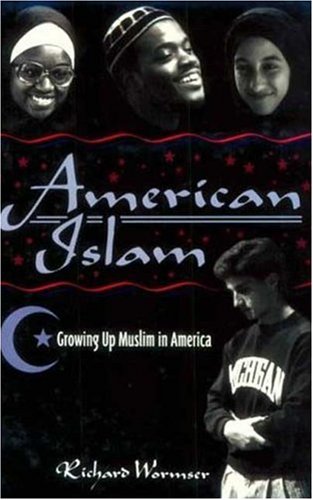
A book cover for American Islam: Growing Up Muslim in America; Richard Wormser; Teen & Young Adult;